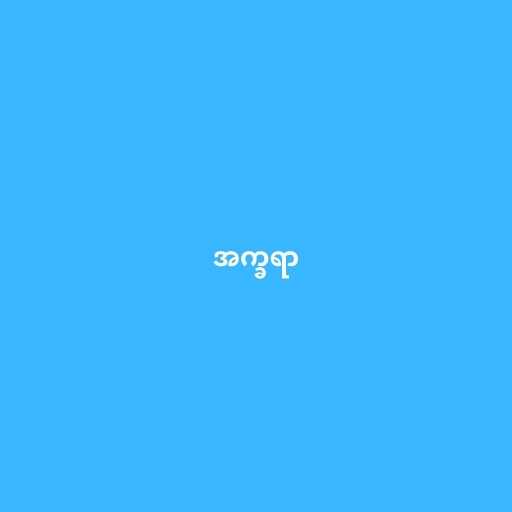
အက္ခရာ